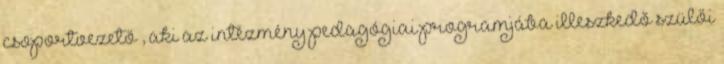
csoportvezető , aki az intézmény pedagógiai programjába illeszkedő szülői